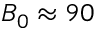
B _ { 0 } \approx 9 0